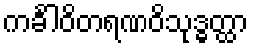
ကင်္ခါဝိတရဏဝိသုဒ္ဓတ္ထာ